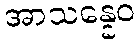
အာသန္နေဝ